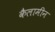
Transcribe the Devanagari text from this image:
कैलामीन